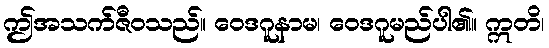
ဤအသက်ဇီဝသည်။ ဝေဒဂူနာမ၊ ဝေဒဂူမည်ပါ၏။ ဣတိ၊